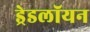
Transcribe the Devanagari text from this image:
ड्रेडलॉयन